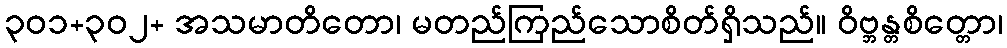
၃၀၁+၃၀၂+ အသမာတိတော၊ မတည်ကြည်သောစိတ်ရှိသည်။ ဝိဗ္ဘန္တစိတ္တော၊